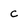
Character: c